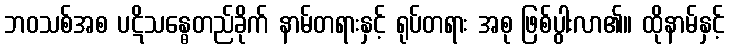
ဘဝသစ်အစ ပဋိသန္ဓေတည်ခိုက် နာမ်တရားနှင့် ရုပ်တရား အစု ဖြစ်ပွါးလာ၏။ ထိုနာမ်နှင့်